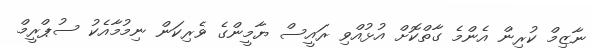
ނާޒިމް ކުރިން އެންމެ ގާތްކޮށް އުޅުއްވި ރައީސް ޔާމީންގެ ވެރިކަން ނިމުމާއެކު ސުޕްރީމް